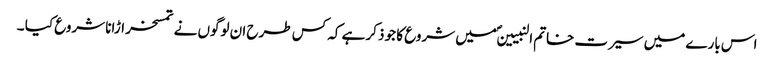
اس بارے میں سیرت خاتم النبیینؐ میں شروع کا جو ذکر ہے کہ کس طرح ان لوگوں نے تمسخر اڑانا شروع کیا ۔